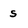
Character: s